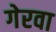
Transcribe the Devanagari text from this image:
गेरवा